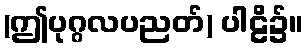
(ဤပုဂ္ဂလပညတ်) ပါဠိ၌။